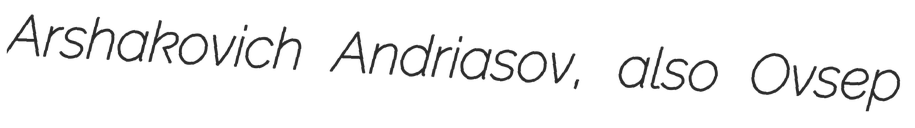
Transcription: Arshakovich Andriasov, also Ovsep